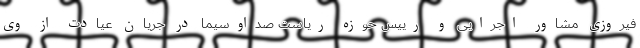
فیروزی مشاور اجرایی و رییس حوزه ریاست صداوسیما در جریان عیادت از وی